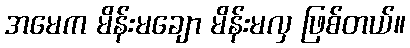
အမေက မိန်းမချော မိန်းမလှ ဖြစ်တယ်။